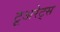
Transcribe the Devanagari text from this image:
टूअरेट्स